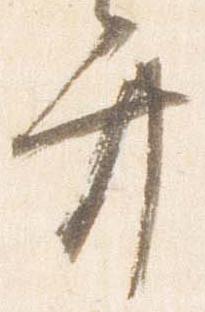
弁